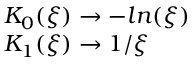
\begin{array} { l } { { K _ { 0 } ( \xi ) \to - l n ( \xi ) } } \\ { { K _ { 1 } ( \xi ) \to 1 / \xi } } \end{array}